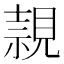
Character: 𧡘